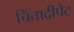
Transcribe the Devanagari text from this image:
चिंताद्रीपेट